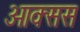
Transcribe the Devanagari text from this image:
ओक्सस